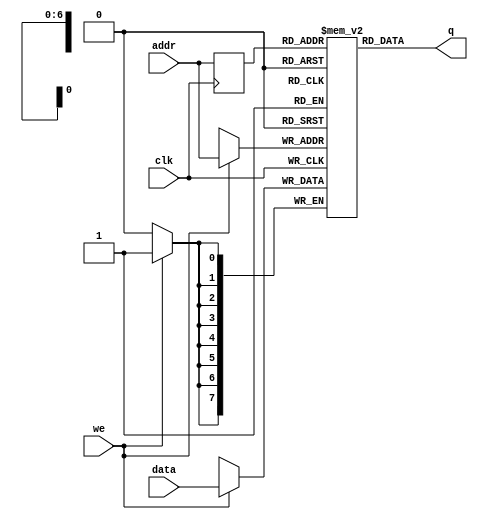
/*  This file is part of jt51.

    jt51 is free software: you can redistribute it and/or modify
    it under the terms of the GNU General Public License as published by
    the Free Software Foundation, either version 3 of the License, or
    (at your option) any later version.

    jt51 is distributed in the hope that it will be useful,
    but WITHOUT ANY WARRANTY; without even the implied warranty of
    MERCHANTABILITY or FITNESS FOR A PARTICULAR PURPOSE.  See the
    GNU General Public License for more details.

    You should have received a copy of the GNU General Public License
    along with jt51.  If not, see <http://www.gnu.org/licenses/>.

	Author: Jose Tejada Gomez. Twitter: @topapate
	Version: 1.0
	Date: March, 7th 2017
	*/

`timescale 1ns / 1ps

module jt51_fir_ram 
#(parameter data_width=8, parameter addr_width=7)
(
	input [(data_width-1):0] data,
	input [(addr_width-1):0] addr,
	input we, clk,
	output [(data_width-1):0] q
);

(* ramstyle = "no_rw_check" *) reg [data_width-1:0] ram[2**addr_width-1:0];

	reg [addr_width-1:0] addr_reg;

	always @ (posedge clk) begin
		if (we)
			ram[addr] <= data;
		addr_reg <= addr;
	end
	
	assign q = ram[addr_reg];
endmodule